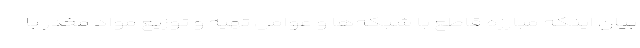
بیان اینکه مبارزه قاطع با شبکه‌ها و عوامل تهیه و توزیع مواد مخدر با